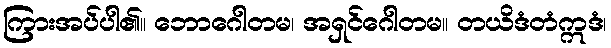
ကြားအပ်ပါ၏။ ဘောဂေါတမ၊ အရှင်ဂေါတမ။ တယိဒံတံဣဒံ၊